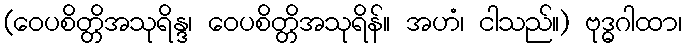
(ဝေပစိတ္တိအသုရိန္ဒ၊ ဝေပစိတ္တိအသုရိန်။ အဟံ၊ ငါသည်။) ဗုဒ္ဓဂါထာ၊